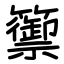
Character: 籞